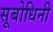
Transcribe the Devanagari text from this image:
सूबोधिनी